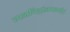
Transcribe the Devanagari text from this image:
त्यजनिद्रांजगत्पते।